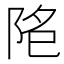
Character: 𱀐